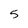
Character: 5